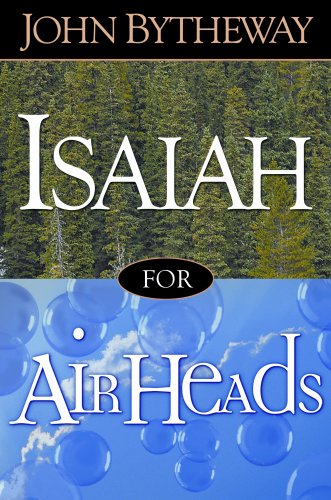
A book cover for Isaiah for Airheads; John Bytheway; Christian Books & Bibles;